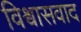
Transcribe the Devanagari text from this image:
विश्वासवाद